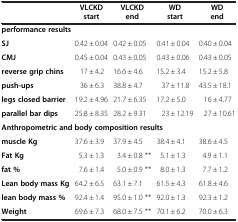
<table><thead><tr><td><b> </b></td><td><b>VLCKD start</b></td><td><b>VLCKD end</b></td><td><b>WD start</b></td><td><b>WD end</b></td></tr></thead><tbody><tr><td colspan="5"><b>performance results</b></td></tr><tr><td><b>SJ</b></td><td>0.42 ± 0.04</td><td>0.42 ± 0.05</td><td>0.41 ± 0.04</td><td>0.40 ± 0.04</td></tr><tr><td><b>CMJ</b></td><td>0.45 ± 0.04</td><td>0.43 ± 0.05</td><td>0.43 ± 0.06</td><td>0.43 ± 0.05</td></tr><tr><td><b>reverse grip chins</b></td><td>17 ± 4.2</td><td>16.6 ± 4.6</td><td>15.2 ± 3.4</td><td>15.2 ± 5.8</td></tr><tr><td><b>push-ups</b></td><td>36 ± 6.3</td><td>38.8 ± 4.7</td><td>37 ± 11.8</td><td>43.5 ± 18.1</td></tr><tr><td><b>legs closed barrier</b></td><td>19.2 ± 4.96</td><td>21.7 ± 6.35</td><td>17.2 ± 5.0</td><td>16 ± 4.77</td></tr><tr><td><b>parallel bar dips</b></td><td>25.8 ± 8.35</td><td>28.2 ± 9.31</td><td>23 ± 12.19</td><td>27 ± 10.61</td></tr><tr><td colspan="5"><b>Anthropometric and body composition results</b></td></tr><tr><td><b>muscle Kg</b></td><td>37.6 ± 3.9</td><td>37.9 ± 4.5</td><td>38.4 ± 4.1</td><td>38.6 ± 4.5</td></tr><tr><td><b>Fat Kg</b></td><td>5.3 ± 1.3</td><td>3.4 ± 0.8 **</td><td>5.1 ± 1.3</td><td>4.9 ± 1.1</td></tr><tr><td><b>fat %</b></td><td>7.6 ± 1.4</td><td>5.0 ± 0.9 **</td><td>8.0 ± 1.3</td><td>7.7 ± 1.2</td></tr><tr><td><b>Lean body mass Kg</b></td><td>64.2 ± 6.5</td><td>63.1 ± 7.1</td><td>61.5 ± 4.3</td><td>61.8 ± 4.6</td></tr><tr><td><b>lean body mass %</b></td><td>92.4 ± 1.4</td><td>95.0 ± 1.0 **</td><td>92.0 ± 1.3</td><td>92.3 ± 1.2</td></tr><tr><td><b>Weight</b></td><td>69.6 ± 7.3</td><td>68.0 ± 7.5 **</td><td>70.1 ± 6.2</td><td>70.0 ± 6.3</td></tr></tbody></table>